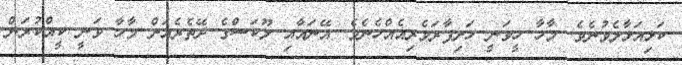
ކަޅިއަޅާލެވުނެވެ. މާހާ ހީވަނީ ހަށިފާރަވެރިއެއްހެނެވެ. އޭނައާއި ލޫކަސްގެ ދޭތެރެއަށް މާހާ ވަނީ ކީއްކުރަން